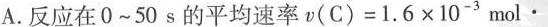
A.反应在0~50s的平均速率$$v ( C ) = 1 . 6 \times 1 0 - 3 m o l \cdot